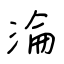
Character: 淪